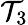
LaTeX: \mathcal{T}_{3}